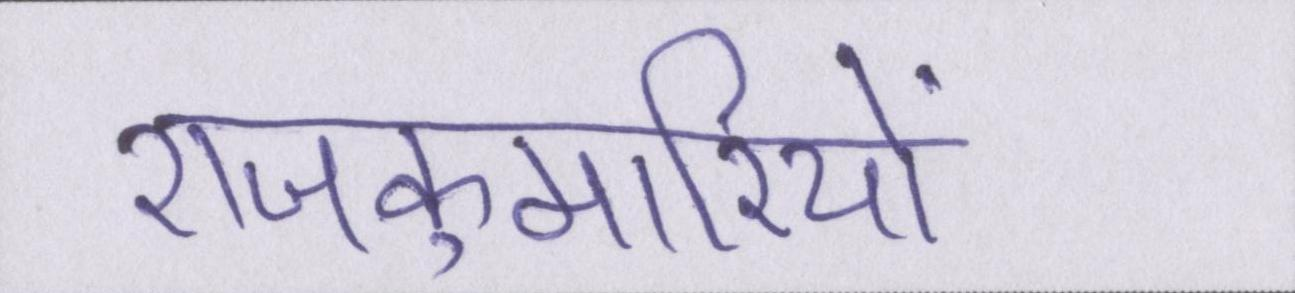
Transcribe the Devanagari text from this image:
राजकुमारियों